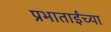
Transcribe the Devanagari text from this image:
प्रभाताईंच्या